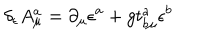
LaTeX: \delta _ { \epsilon } A _ { \mu } ^ { a } = \partial _ { \mu } \epsilon ^ { a } + g t _ { b \mu } ^ { a } \epsilon ^ { b }